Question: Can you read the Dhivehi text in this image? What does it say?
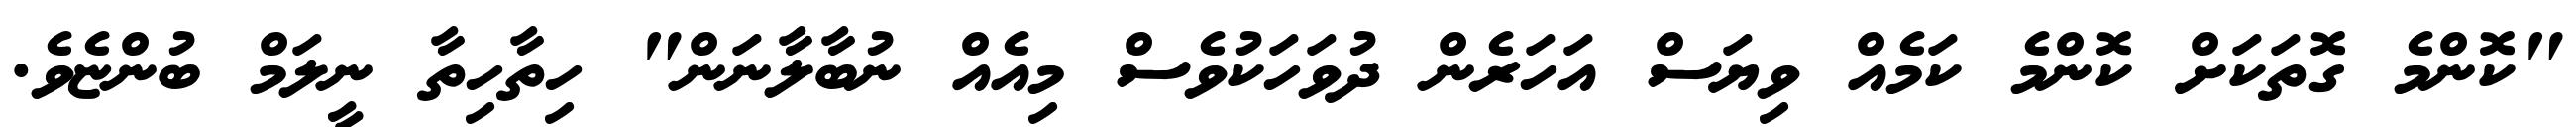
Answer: "ކޮންމެ ގޮތަކަށް ކޮންމެ ކަމެއް ވިޔަސް އަހަރެން ދުވަހަކުވެސް މިއެއް ނުބާލާނަން" ހިތާހިތާ ނީލަމް ބުންޏެވެ.